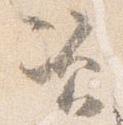
資